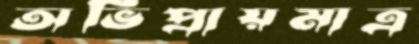
অভিপ্রায়মাত্র